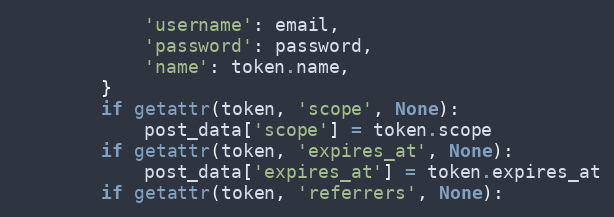
Language: Python
            'username': email,
            'password': password,
            'name': token.name,
        }
        if getattr(token, 'scope', None):
            post_data['scope'] = token.scope
        if getattr(token, 'expires_at', None):
            post_data['expires_at'] = token.expires_at
        if getattr(token, 'referrers', None):